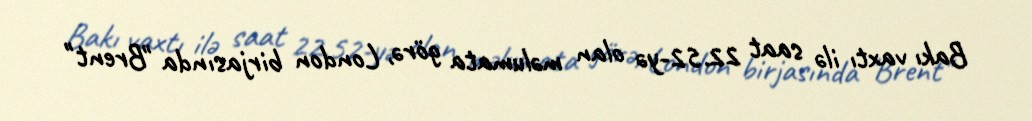
Bakı vaxtı ilə saat 22.52-yə olan məlumata görə, London birjasında "Brent"